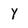
Character: Y